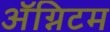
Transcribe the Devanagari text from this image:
ॲग्निटम